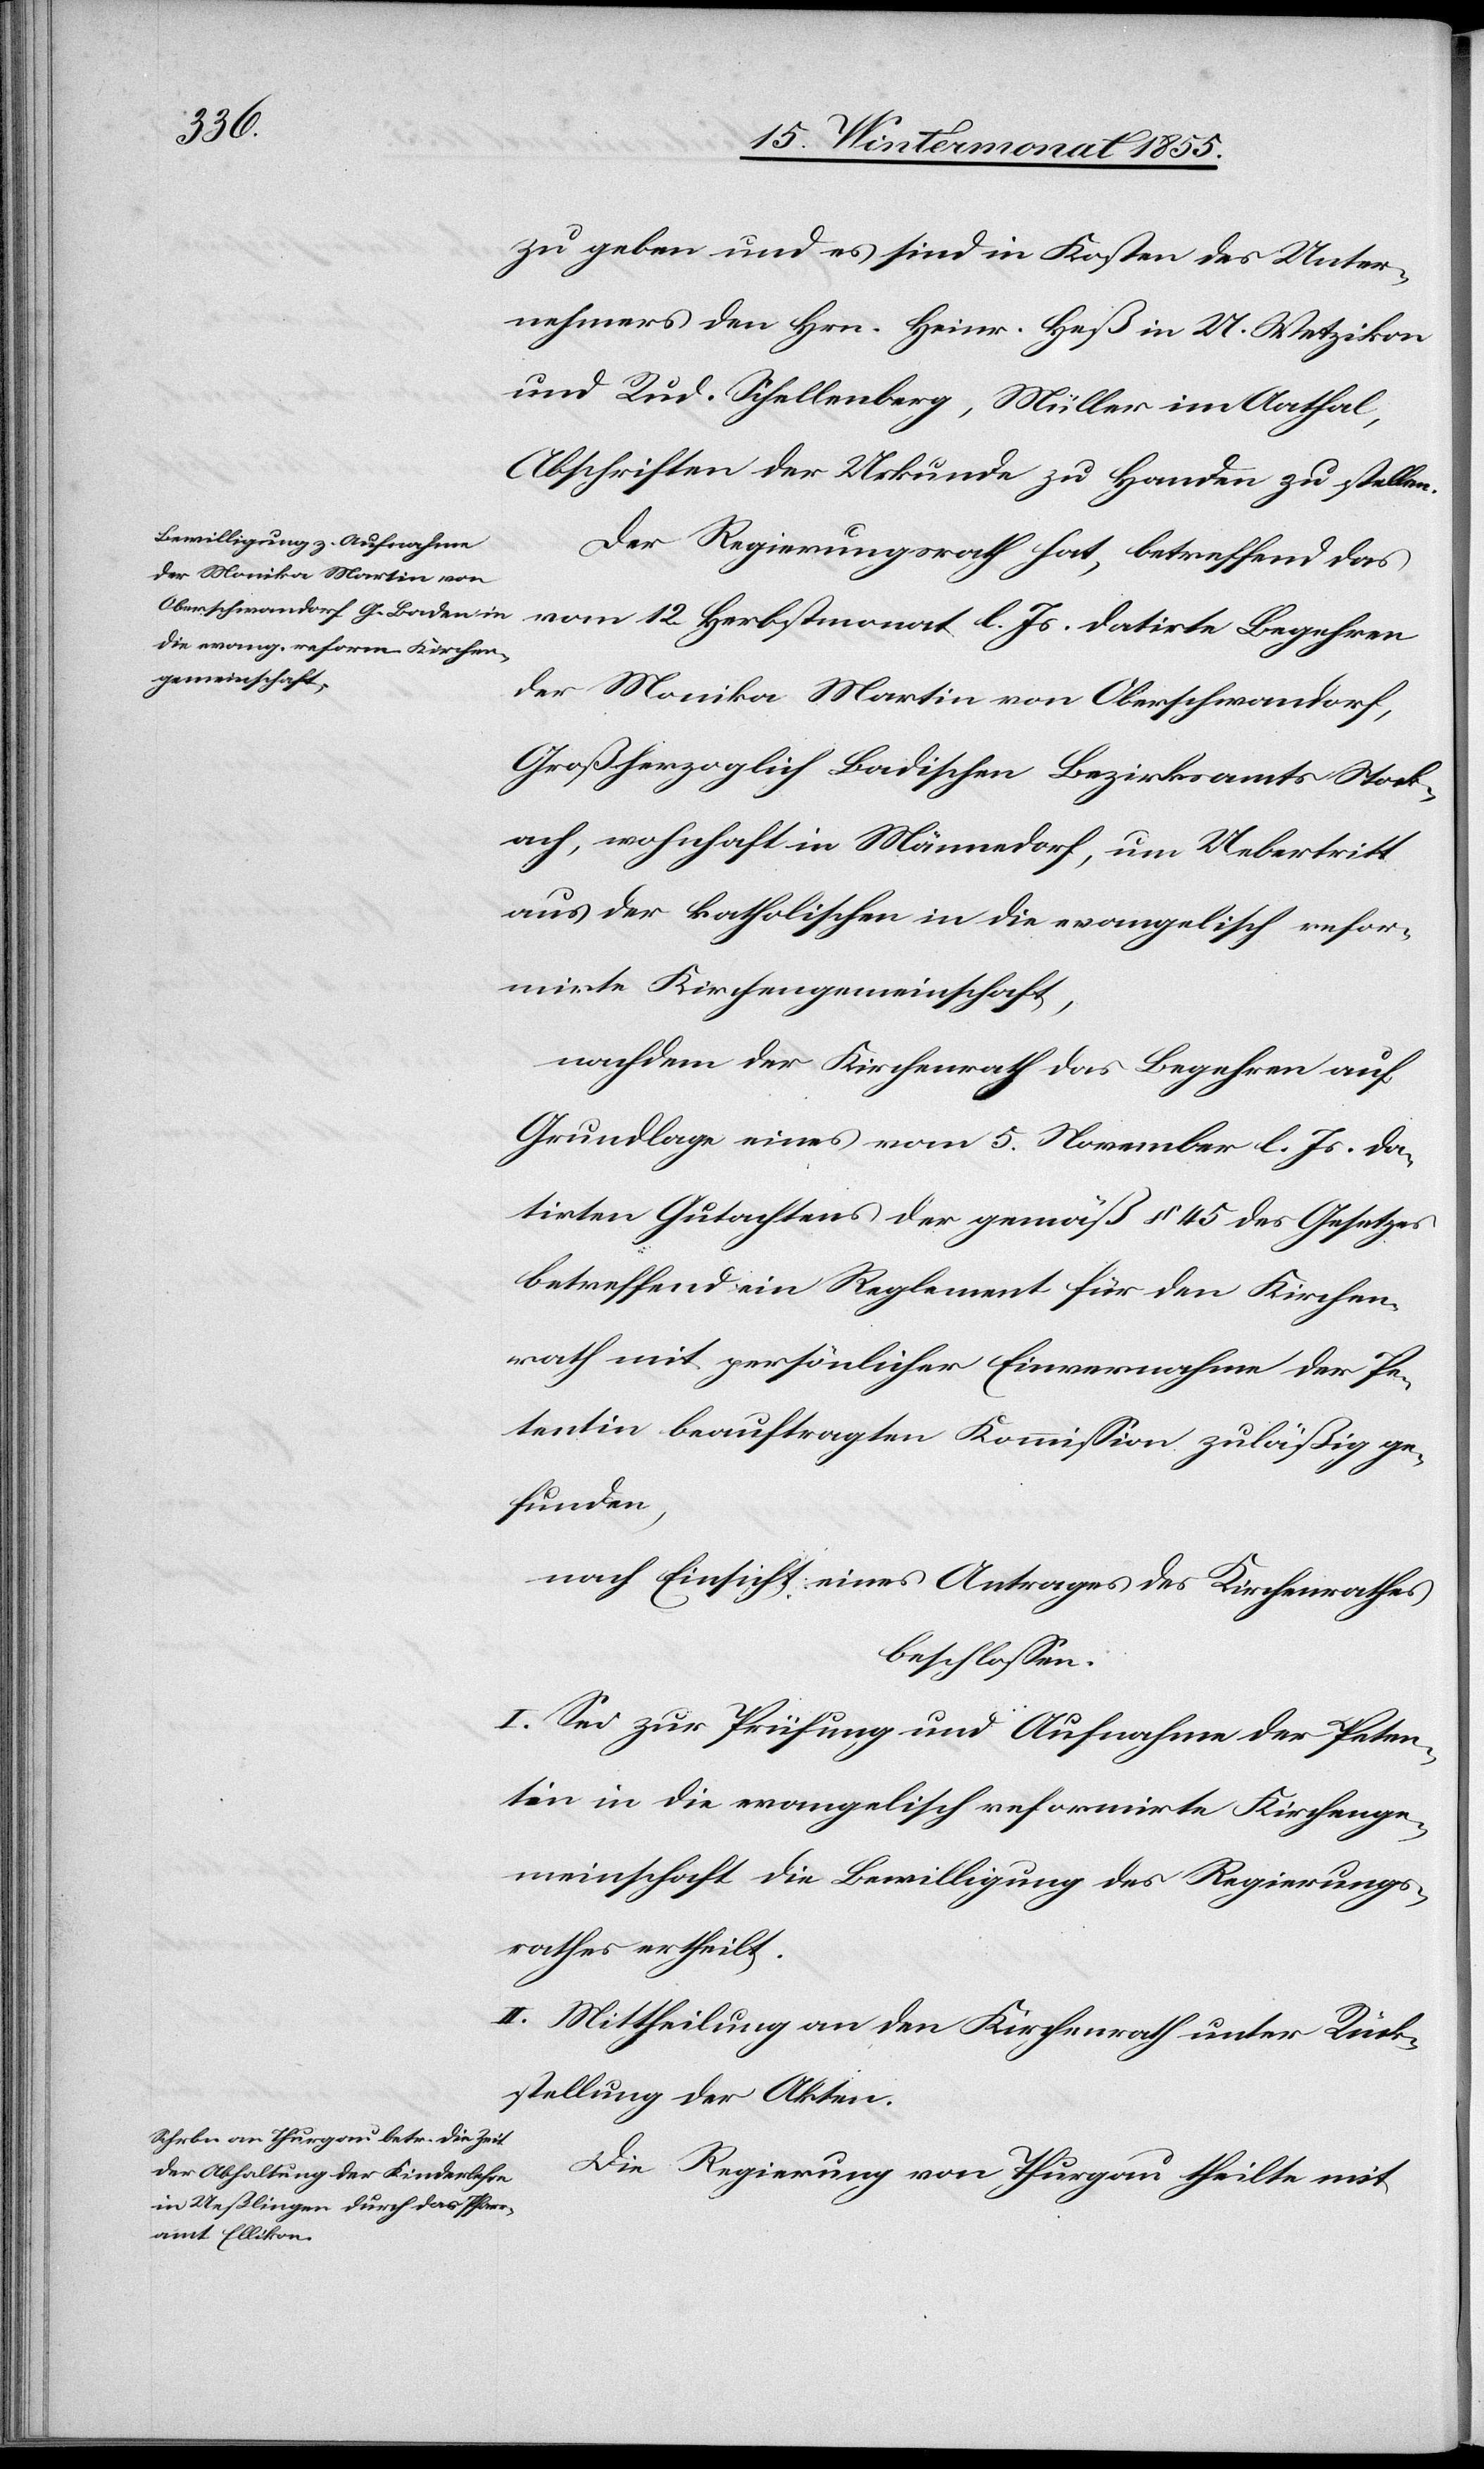
zu geben und es sind in Kosten des Unter¬
nehmers den Hrn. Heinr. Heß in U. Wetzikon
und Rud. Schellenberg, Müller im Aathal,
Abschriften der Urkunde zu Handen zu stellen.
Der Regierungsrath hat, betreffend das
vom 12. Herbstmonat l. Js. datirte Begehren
der Monika Martin von Oberschwandorf,
Großherzoglich Badischen Bezirksamts Stock¬
ach, wohnhaft in Männedorf, um Uebertritt
aus der katholischen in die evangelisch refor¬
mirte Kirchengemeinschaft,
nachdem der Kirchenrath das Begehren auf
Grundlage eines vom 5. November l. Js. da¬
tirten Gutachtens der gemäß § 45 des Gesetzes
betreffend ein Reglement für den Kirchen¬
rath mit persönlicher Einvernahme der Pe¬
tentin beauftragten Kommission zuläßig ge¬
funden,
nach Einsicht eines Antrages des Kirchenrathes
beschlossen:
I. Sei zur Prüfung und Aufnahme der Peten¬
tin in die evangelisch reformirte Kirchenge¬
meinschaft die Bewilligung des Regierungs¬
rathes ertheilt.
II. Mittheilung an den Kirchenrath unter Rück¬
stellung der Akten.
Die Regierung von Thurgau theilte mit